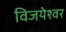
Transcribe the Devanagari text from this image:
विजयेश्वर